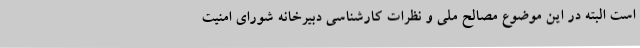
است البته در این موضوع مصالح ملی و نظرات کارشناسی دبیرخانه شورای امنیت